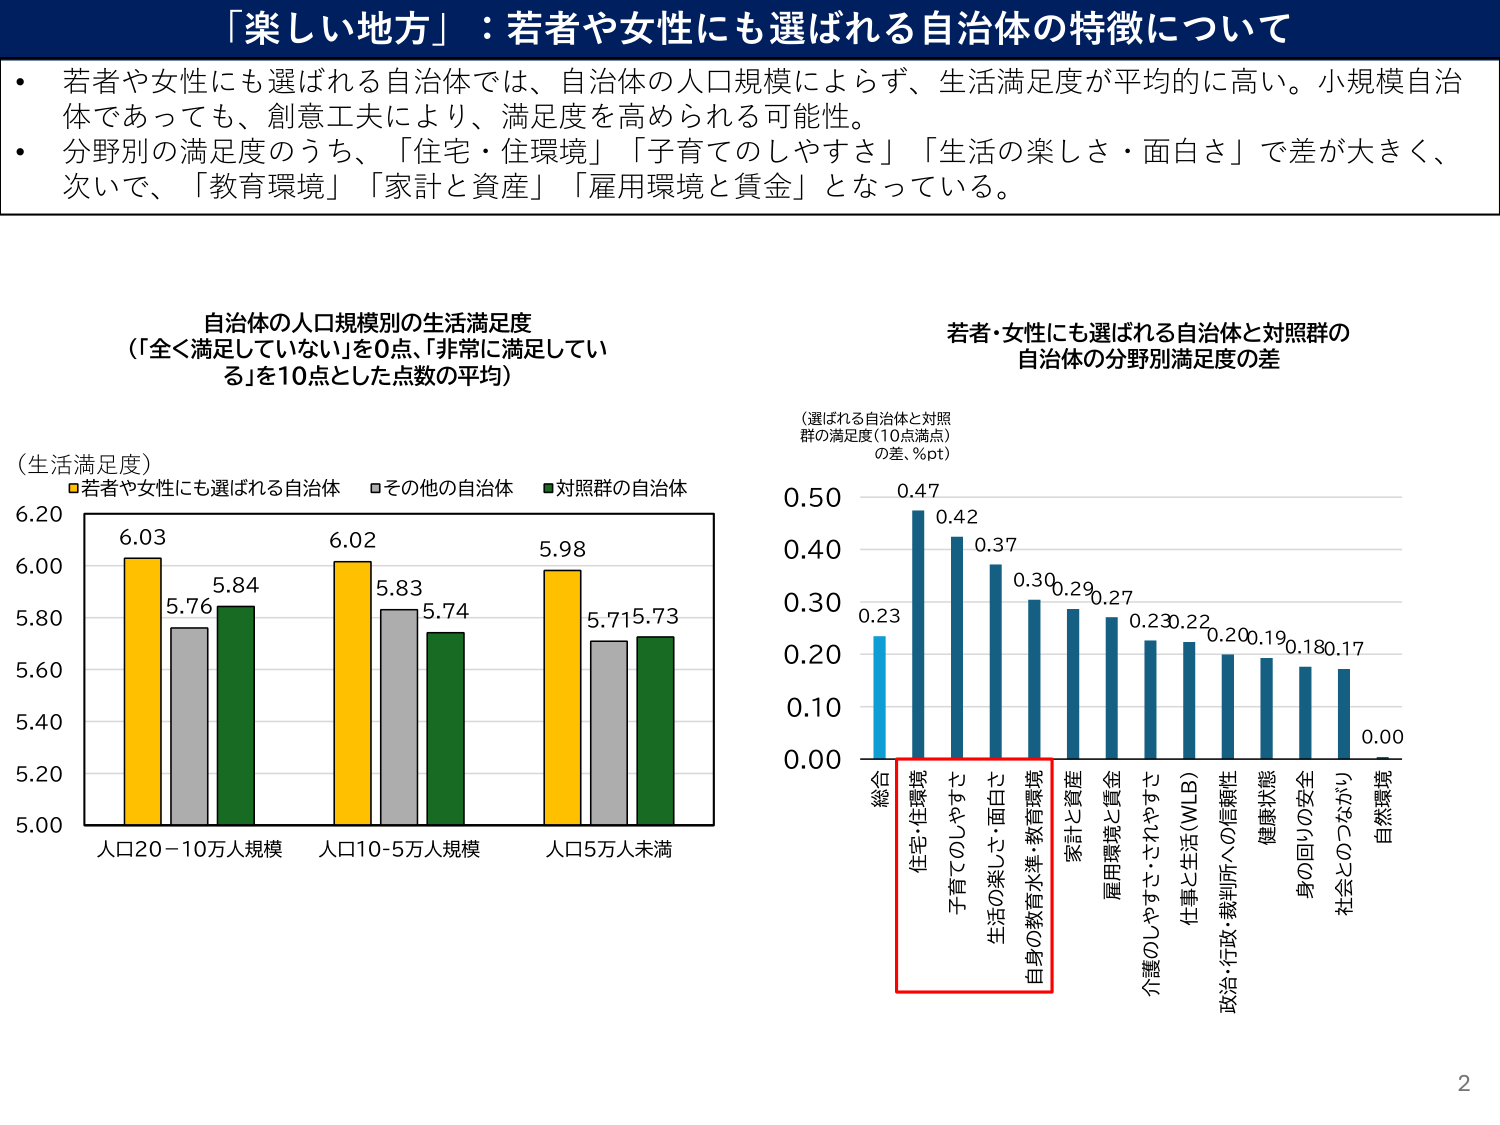
「楽しい地方」：若者や女性にも選ばれる自治体の特徴について

・若者や女性にも選ばれる自治体では、自治体の人口規模によらず、生活満足度が平均的に高い。小規模自治体であっても、創意工夫により、満足度を高められる可能性。
・分野別の満足度のうち、「住宅・住環境」「子育てのしやすさ」「生活の楽しさ・面白さ」で差が大きく、次いで、「教育環境」「家計と資産」「雇用環境と賃金」となっている。

自治体の人口規模別の生活満足度
（「全く満足していない」を0点、「非常に満足している」を10点とした点数の平均）

（生活満足度）
■若者や女性にも選ばれる自治体 □その他の自治体 ■対照群の自治体

6.20
6.00
5.80
5.60
5.40
5.20
5.00

人口20－10万人規模　6.03　5.76　5.84
人口10-5万人規模　6.02　5.83　5.74
人口5万人未満　5.98　5.71　5.73

若者・女性にも選ばれる自治体と対照群の
自治体の分野別満足度の差

（選ばれる自治体と対照群の満足度（10点満点）の差、％pt）

0.50
0.40
0.30
0.20
0.10
0.00

総合　0.23
住宅・住環境　0.47
子育てのしやすさ　0.42
生活の楽しさ・面白さ　0.37
自身の教育水準・教育環境　0.30
家計と資産　0.29
雇用環境と賃金　0.27
介護のしやすさ・されやすさ　0.23
仕事と生活（WLB）　0.22
政治・行政・裁判所への信頼性　0.20
健康状態　0.19
身の回りの安全　0.18
社会とのつながり　0.17
自然環境　0.00

2